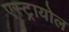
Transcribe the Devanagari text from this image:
एस्ट्रायोल